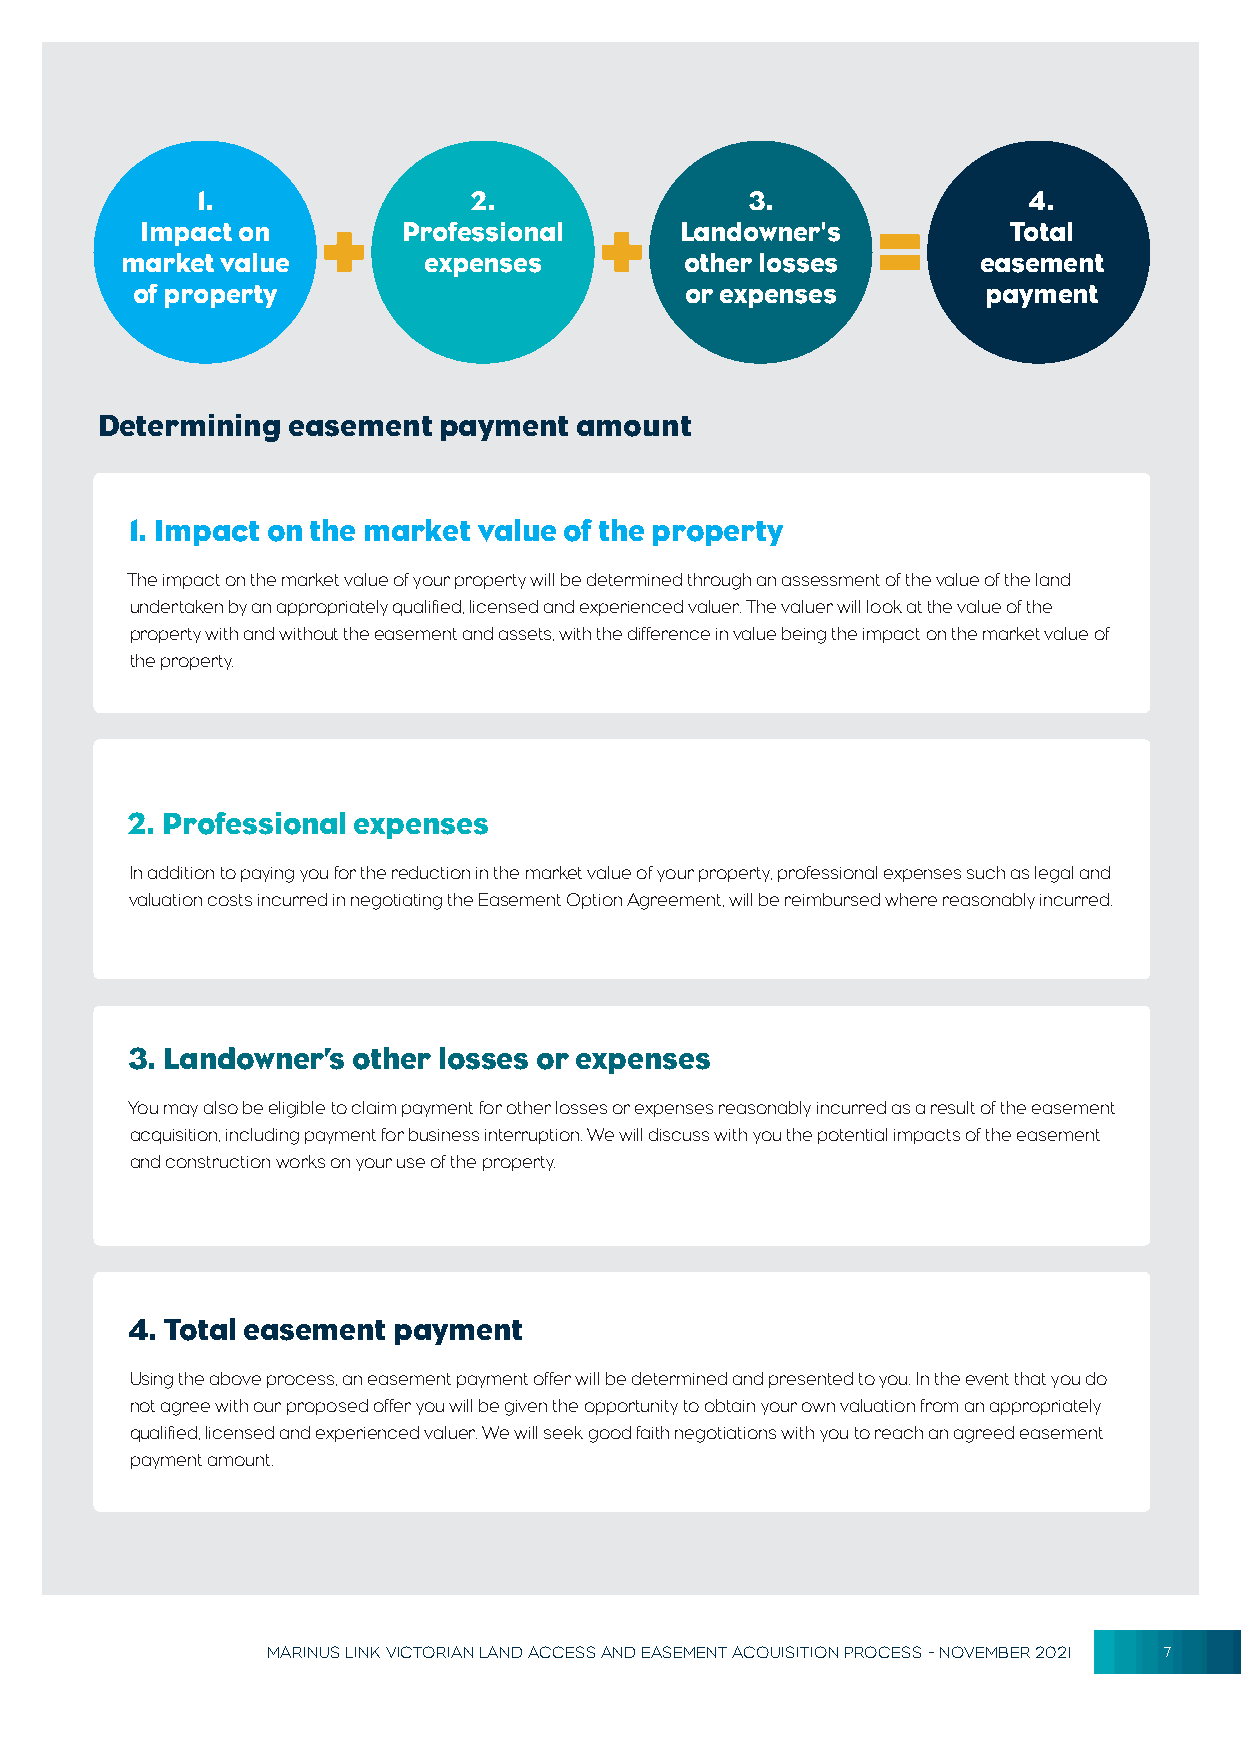
1.                2.                 3.                4.
 Impact on         Professional      Landowner's           Total
 market value        expenses         other losses        easement
 of property                         or expenses         payment
 Determining  easement  payment  amount
 1. Impact on the market value of the property
 The impact on the market value of your property will be determined through an assessment of the value of the land
 undertaken by an appropriately qualified, licensed and experienced valuer. The valuer will look at the value of the
 property with and without the easement and assets, with the difference in value being the impact on the market value of
 the property.
 2. Professional expenses
 In addition to paying you for the reduction in the market value of your property, professional expenses such as legal and
 valuation costs incurred in negotiating the Easement Option Agreement, will be reimbursed where reasonably incurred.
 3. Landowner’s other losses or expenses
 You may also be eligible to claim payment for other losses or expenses reasonably incurred as a result of the easement
 acquisition, including payment for business interruption. We will discuss with you the potential impacts of the easement
 and construction works on your use of the property.
 4. Total easement payment
 Using the above process, an easement payment offer will be determined and presented to you. In the event that you do
 not agree with our proposed offer you will be given the opportunity to obtain your own valuation from an appropriately
 qualified, licensed and experienced valuer. We will seek good faith negotiations with you to reach an agreed easement
 payment amount.
 MARINUS LINK VICTORIAN LAND ACCESS AND EASEMENT ACQUISITION PROCESS - NOVEMBER 2021 7